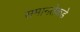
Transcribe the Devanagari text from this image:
समानतेकडे